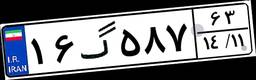
۱۶گ۵۸۷۶۳